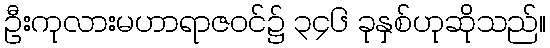
ဦးကုလားမဟာရာဇဝင်၌ ၃၄၆ ခုနှစ်ဟုဆိုသည်။